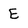
Character: E